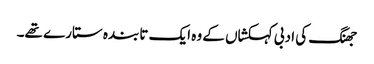
جھنگ کی ادبی کہکشاں کے وہ ایک تابندہ ستارے تھے۔